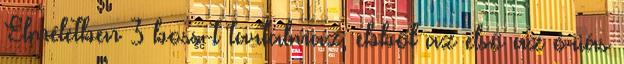
Elméletben 3 boss-t tartalmaz, ebből az első az óriás